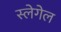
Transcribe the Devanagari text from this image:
स्लेगेल